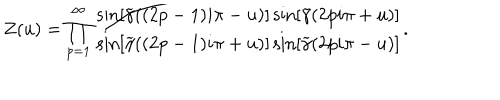
Z ( u ) = \prod _ { p = 1 } ^ { \infty } \frac { \sin \left[ \widetilde { \gamma } ( ( 2 p - 1 ) i \pi - u ) \right] \sin \left[ \widetilde { \gamma } ( 2 p i \pi + u ) \right] } { \sin \left[ \widetilde { \gamma } ( ( 2 p - 1 ) i \pi + u ) \right] \sin \left[ \widetilde { \gamma } ( 2 p i \pi - u ) \right] } .